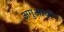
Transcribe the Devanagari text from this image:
अगुआयी